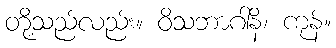
တို့သည်လည်း။ ဝိသဘာဂါနိ၊ ကုန်။